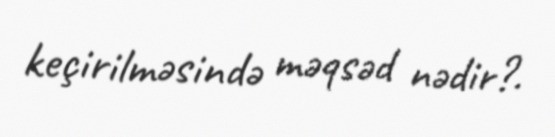
keçirilməsində məqsəd nədir?.